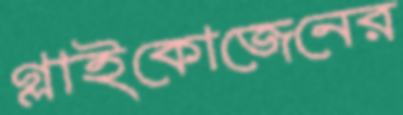
গ্লাইকোজেনের